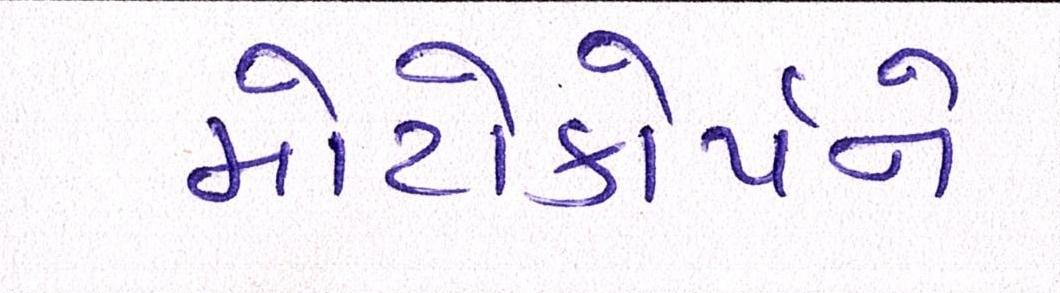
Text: મોટોકોર્પને